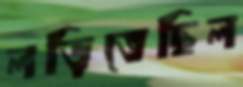
লড়িতেছিল